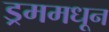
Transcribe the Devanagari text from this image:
ड्रममधून